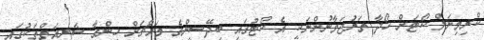
ކްރިމިނަލް ކޯޓަށް ހޯދާ ތަރުޖަމާނުންނަކީ އެ ކޯޓުގައި ބިދޭސީންގެ މައްޗަށް ހިންގާ ޝަރީއަތްތަކުގައި